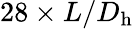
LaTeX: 28\times L/D_{\mathrm{h}}